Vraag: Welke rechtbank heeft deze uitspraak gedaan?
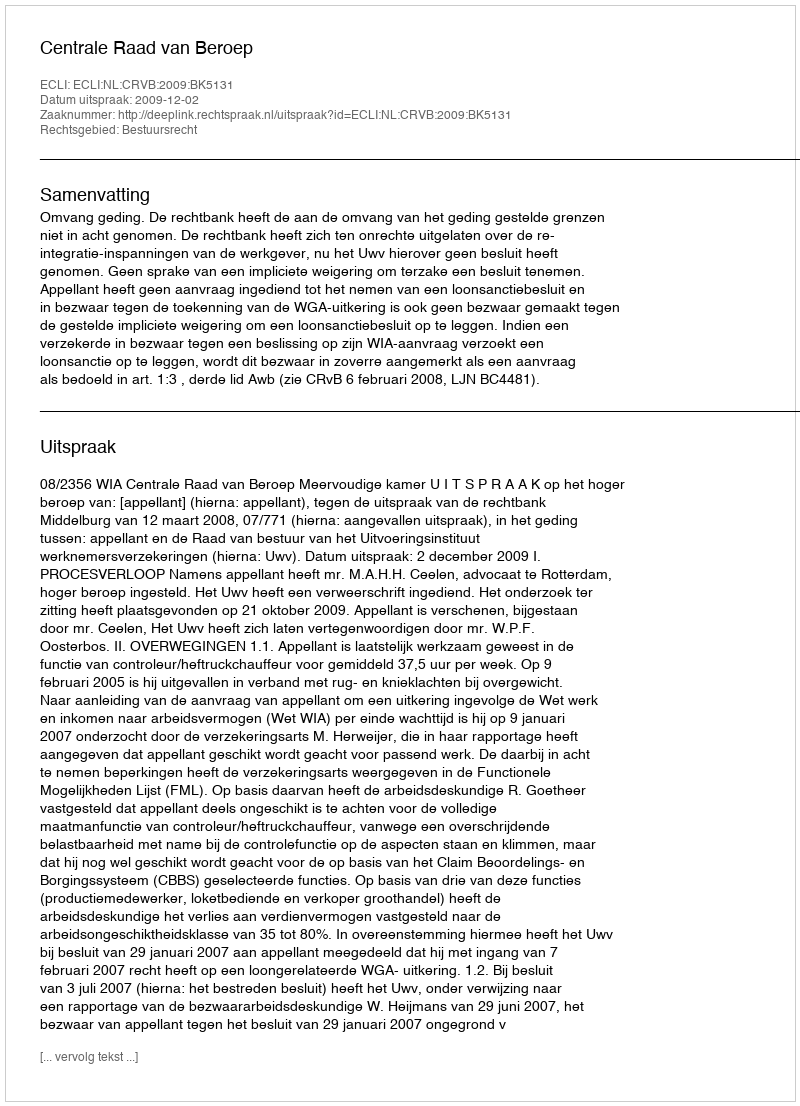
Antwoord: Centrale Raad van Beroep